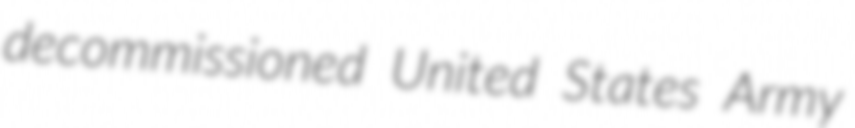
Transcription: decommissioned United States Army